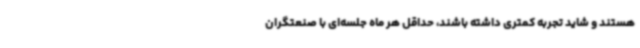
هستند و شاید تجربه کمتری داشته باشند، حداقل هر ماه جلسه‌ای با صنعتگران